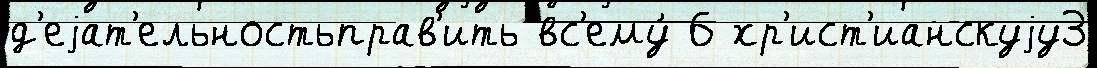
д'еjат'ельностьправ'ить вс'ему́ 6 хр'ист'ианскуjу3